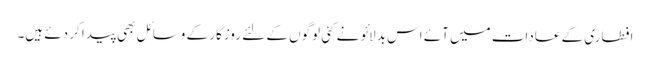
افطاری کے عادات میں آئے اس بدلائو نے کئی لوگوں کے لئے روزگار کے وسائل بھی پیدا کر دئے ہیں۔